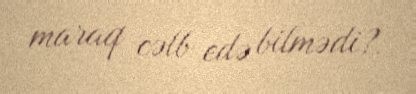
maraq cəlb edə bilmədi?.